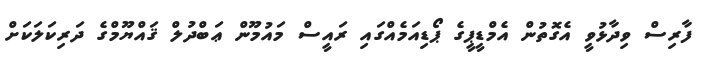
ފާރިސް ވިދާޅުވީ އެގޮތުން އެމްޑީޕީގެ ޕޯޑިއަމެއްގައި ރައީސް މައުމޫން ޢަބްދުލް ޤައްޔޫމްގެ ދަރިކަލަކަށް